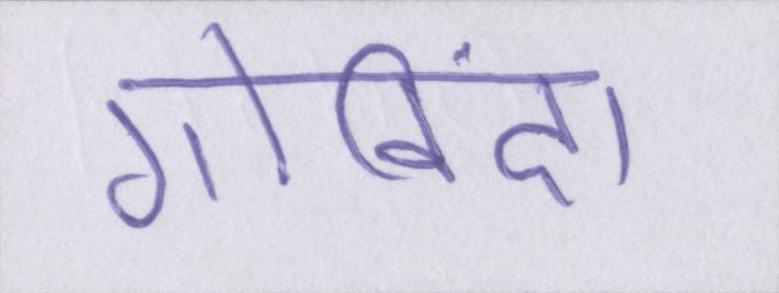
गोविंदा